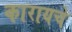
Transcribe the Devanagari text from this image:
कारायचे